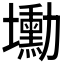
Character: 𡓕